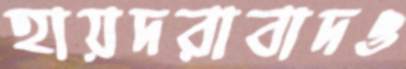
হায়দরাবাদও